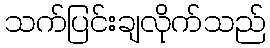
သက်ပြင်းချလိုက်သည်